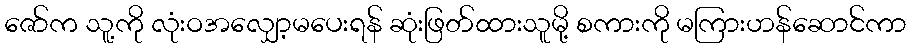
ဇော်က သူ့ကို လုံးဝအလျှော့မပေးရန် ဆုံးဖြတ်ထားသူမို့ စကားကို မကြားဟန်ဆောင်ကာ